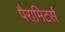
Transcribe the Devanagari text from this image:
पैरामिटर्स